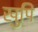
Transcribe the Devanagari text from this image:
खुपि